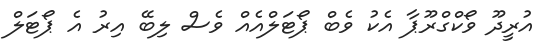
އުރީދޫ ވޯކްގްރޫޕާ އެކު ވެބް ޕޯޓަލްއެއް ވެސް ލިބޭ އިރު އެ ޕޯޓަލް